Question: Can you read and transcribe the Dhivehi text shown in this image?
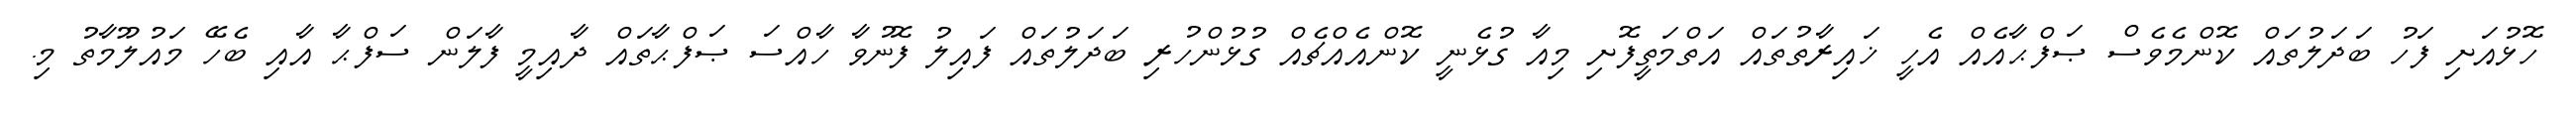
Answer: ހޮޅުއަށި ފަހު ބަދަލުތައް ކޮންމެވެސް ޞަފްޙާއެއް އެހީ ޚައިރާތުތައް އަތްމަތީފޮށި މިއާ ގުޅެނީ ކޮންއެއްޗެއް ގުޅުންހުރި ބަދަލުތައް ފައިލު ފޮނުވާ ހާއްސަ ޞަފްޙާތައް ދާއިމީ ފާލަން ސަފްޙާ އާއި ބެހޭ މައުލޫމާތު މި.